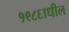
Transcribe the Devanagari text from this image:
१९८६ाधील